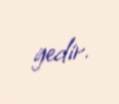
gedir.